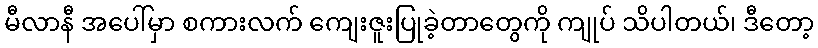
မီလာနီ အပေါ်မှာ စကားလက် ကျေးဇူးပြုခဲ့တာတွေကို ကျုပ် သိပါတယ်၊ ဒီတော့